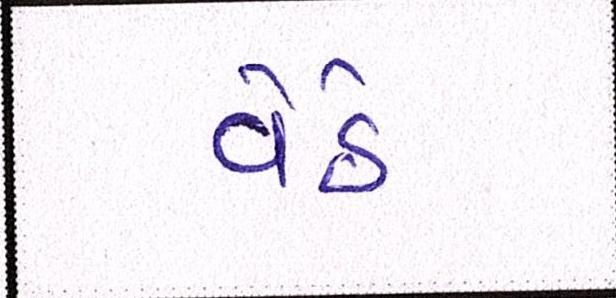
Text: વેઠે